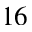
^ { 1 6 }